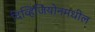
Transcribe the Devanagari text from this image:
दिव्हिजियोनमधील